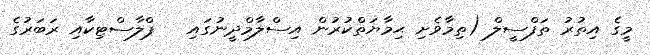
މީގެ އިތުރު ތަފްސީލް (ތިމާވެށި ޙިމާޔަތްކުރުން އިސްލާމްދީނުގައި   ޕްލާސްޓިކާއި ރަބަރުގެ